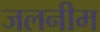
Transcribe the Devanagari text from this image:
जलनीम